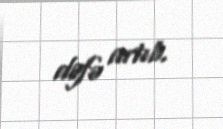
dəfə artıb.